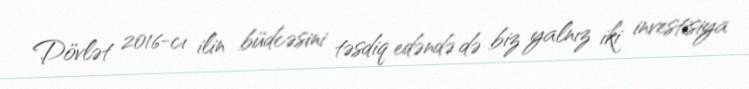
Dövlət 2016-cı ilin büdcəsini təsdiq edəndə də biz yalnız iki investisiya